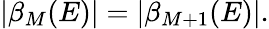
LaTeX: \begin{array}{r}{|\beta_{M}(E)|=|\beta_{M+1}(E)|.}\end{array}